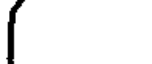
(